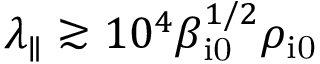
\lambda _ { \parallel } \gtrsim 1 0 ^ { 4 } \beta _ { \mathrm { i 0 } } ^ { 1 / 2 } \rho _ { \mathrm { i 0 } }